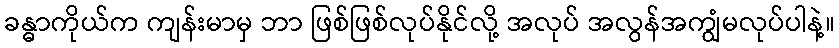
ခန္ဓာကိုယ်က ကျန်းမာမှ ဘာ ဖြစ်ဖြစ်လုပ်နိုင်လို့ အလုပ် အလွန်အကျွံမလုပ်ပါနဲ့။